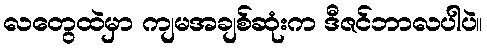
လတွေထဲမှာ ကျမအချစ်ဆုံးက ဒီဇင်ဘာလပါပဲ။